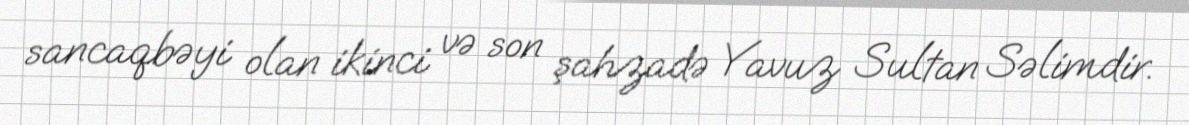
sancaqbəyi olan ikinci və son şahzadə Yavuz Sultan Səlimdir.